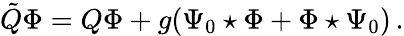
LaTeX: \tilde{Q}\Phi=Q\Phi+g(\Psi_{0}\star\Phi+\Phi\star\Psi_{0})\, .